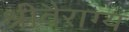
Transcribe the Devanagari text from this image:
श्रीवैराग्य